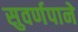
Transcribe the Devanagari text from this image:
सुवर्णपाने